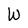
Character: W